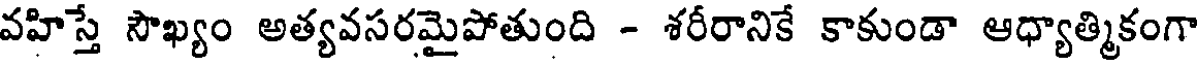
వహిస్తే సౌఖ్యం అత్యవసరమైపోతుంది - శరీరానికే కాకుండా ఆధ్యాత్మికంగా